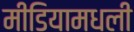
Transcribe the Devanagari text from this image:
मीडियामधली